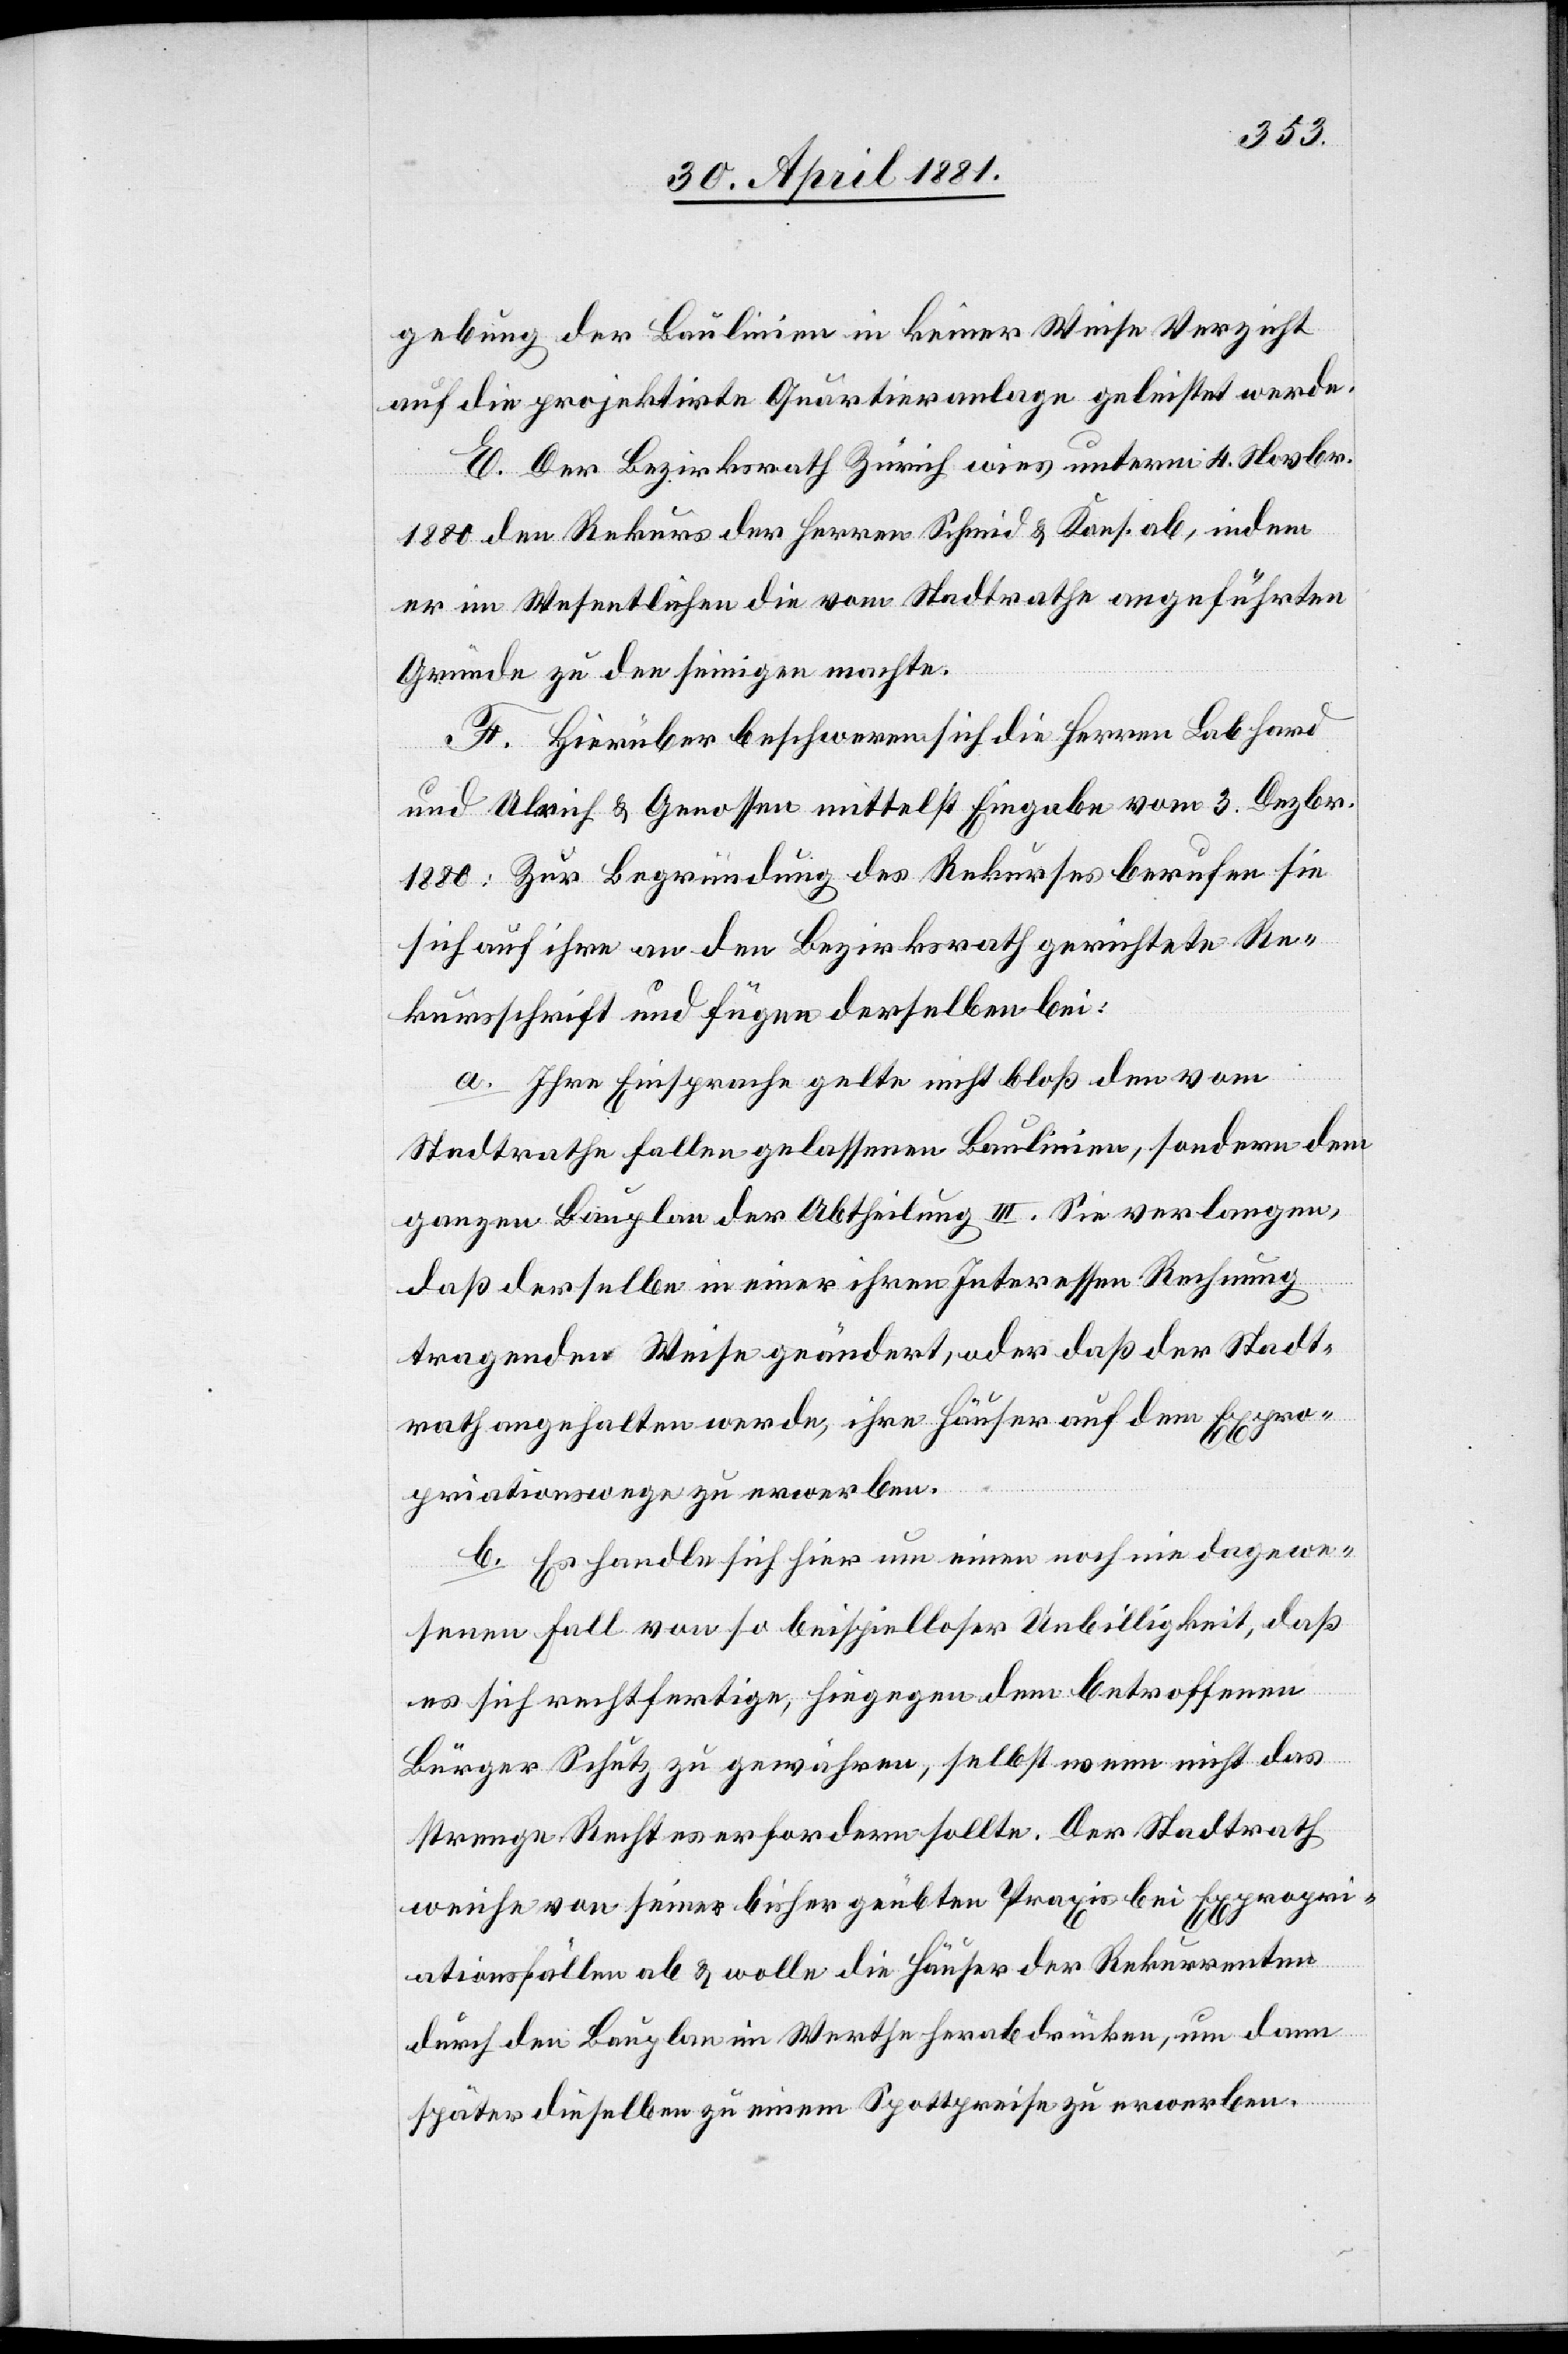
gebung der Baulinien in keiner Weise Verzicht
auf die projektirte Quartieranlage geleistet werde.
E. Der Bezirksrath Zürich wies unterm 4. Novbr.
1880 den Rekurs der Herren Schmid & Kons. ab., indem
er im Wesentlichen die vom Stadtrath angeführten
Gründe zu den seinigen machte.
F. Hierüber beschweren sich die Herren Labhard
und Ulrich & Genossen mittelst Eingabe vom 3. Dezbr.
1880: Zur Begründung des Rekurses berufen sie
sich auf ihre an den Bezirksrath gereichte Re¬
kursschrift und fügen derselben bei:
a. Ihre Einsprache gelte nicht bloß den vom
Stadtrathe fallengelassenen Baulinien, sondern dem
ganzen Bauplan der Abtheilung III. Sie verlangen,
daß derselbe in einer ihren Interessen Rechnung
tragender Weise geändert, oder daß der Stadt¬
rath angehalten werde, ihre Häuser auf dem Expro¬
priationswege zu erwerben.
b. Es handle sich hier um einen noch nie dagewe¬
senen Fall von so beispielloser Unbilligkeit, daß
es sich rechtfertige, hiegegen dem betroffenen
Bürger Schutz zu gewähren, selbst wenn nicht das
strenge Recht es erfordern sollte. Der Stadtrath
weiche von seiner bisher geübten Praxis bei Expropri¬
ationsfällen ab & wolle die Häuser der Rekurrenten
durch den Bauplan im Werthe herabdrücken, um dann
später dieselben zu einem Spottpreise zu erwerben.